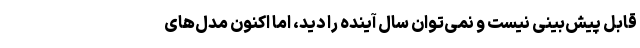
قابل پیش‌بینی نیست و نمی‌توان سال آینده را دید، اما اکنون مدل‌های